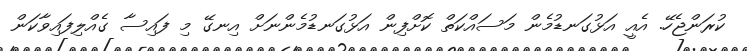
ކުރަންޖެހޭ. އެއީ އަޅުގަނޑުމެން މަސައްކަތް ކޮށްފިން އަޅުގަނޑުމެންނަށް އިނގޭ މި ފައިސާ ގެއްލިފައިވާކަން